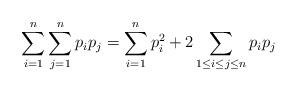
LaTeX: \begin{align*} \sum_{i=1}^n \sum_{j=1}^n p_i p_j=\sum_{i=1}^n p_i^2+2 \sum_{1\leq i\leq j\leq n}p_ip_j \end{align*}